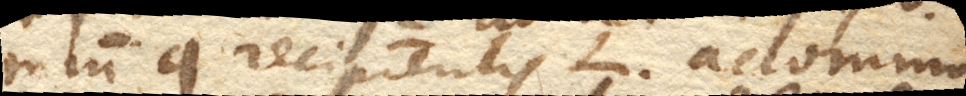
miumq. recipientis L. accommo–